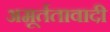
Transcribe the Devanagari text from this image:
अमूर्ततावादी